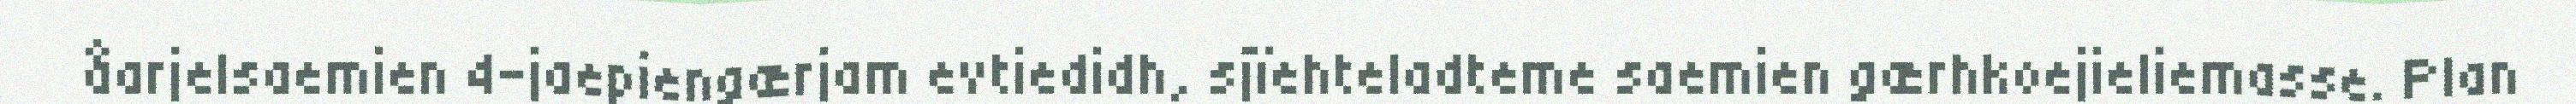
åarjelsaemien 4-jaepiengærjam evtiedidh, sjïehteladteme saemien gærhkoejieliemasse. Plan